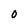
Character: O